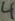
Text: 4